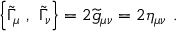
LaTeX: \left\{ { \widetilde \Gamma } _ { \mu } ~ , ~ { \widetilde \Gamma } _ { \nu } \right\} = 2 { \widetilde g } _ { \mu \nu } = 2 \eta _ { \mu \nu } ~ .